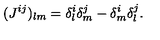
( J ^ { i j } ) _ { l m } = \delta _ { l } ^ { i } \delta _ { m } ^ { j } - \delta _ { m } ^ { i } \delta _ { l } ^ { j } .